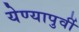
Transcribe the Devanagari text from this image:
येण्यापुर्वी